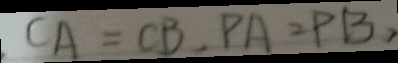
C A = C B , P A = P B ,